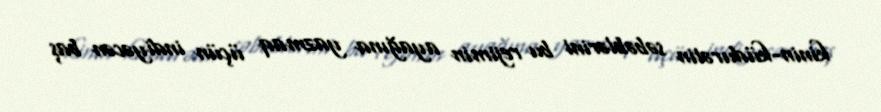
kinin-küdurətin səbəblərini bu rejimin ayağına yazmaq üçün indiyəcən baş